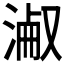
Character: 𣸎